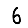
Digit: 6